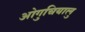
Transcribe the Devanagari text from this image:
ओगुचियालु